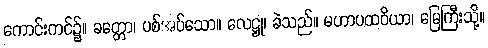
ကောင်းကင်၌။ ခတ္တော၊ ပစ်အပ်သော။ လေဋ္ဌု၊ ခဲသည်။ မဟာပထဝိယာ၊ မြေကြီးသို့။